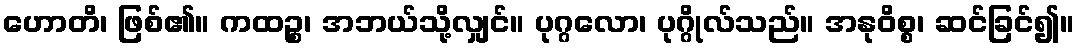
ဟောတိ၊ ဖြစ်၏။ ကထဉ္စ၊ အဘယ်သို့လျှင်။ ပုဂ္ဂလော၊ ပုဂ္ဂိုလ်သည်။ အနုဝိစ္စ၊ ဆင်ခြင်၍။